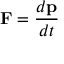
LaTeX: \mathbf { F } = { \frac { d \mathbf { p } } { d t } }